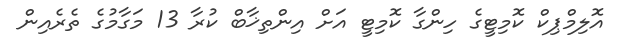
އޮލިމްޕިކް ކޮމިޓީގެ ހިންގާ ކޮމިޓީ އަށް އިންތިޚާބް ކުރާ 13 މަގާމުގެ ތެރެއިން